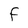
Character: F